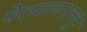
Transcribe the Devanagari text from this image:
पेरुवलनल्लूर